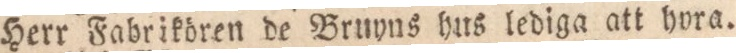
Herr Fabrikören de Bruyns hus lediga att hora.